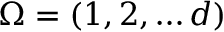
\Omega = ( 1 , 2 , \ldots d )